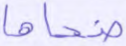
ضحاها